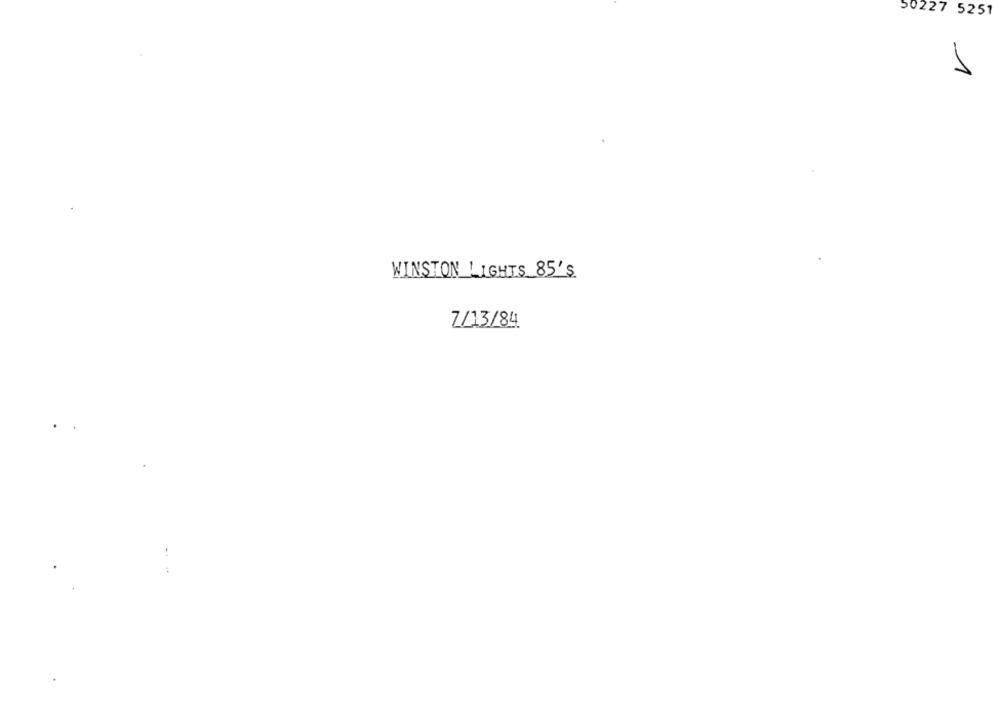
50227 5251
1
WINSTON LIGHTS 85'S
7/13/84